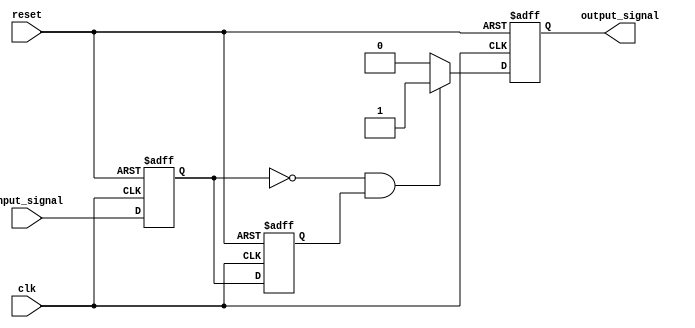
module falling_edge_detector (
    input wire clk,            // Clock signal
    input wire reset,          // Reset signal
    input wire input_signal,   // The input signal to detect falling edge
    output reg output_signal    // Output signal indicating a falling edge
);

    // Internal signals for storing previous and current states
    reg ff1; // Current state of the input signal
    reg ff2; // Previous state of the input signal

    // Sequential logic for detecting falling edge
    always @(posedge clk or posedge reset) begin
        if (reset) begin
            // Reset the flip-flops and output signal
            ff1 <= 1'b0;
            ff2 <= 1'b0;
            output_signal <= 1'b0;
        end else begin
            // Sample the current input state into ff1
            ff1 <= input_signal;
            // Update ff2 with the previous state of ff1
            ff2 <= ff1;
            // Detect the falling edge condition
            if (ff1 == 1'b0 && ff2 == 1'b1) begin
                output_signal <= 1'b1; // Falling edge detected
            end else begin
                output_signal <= 1'b0; // No falling edge
            end
        end
    end

endmodule